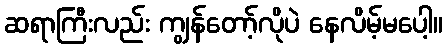
ဆရာကြီးလည်း ကျွန်တော့်လိုပဲ နေလိမ့်မပေါ့။